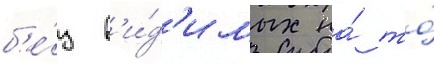
б'е́з в'и́д'имых на́ то́